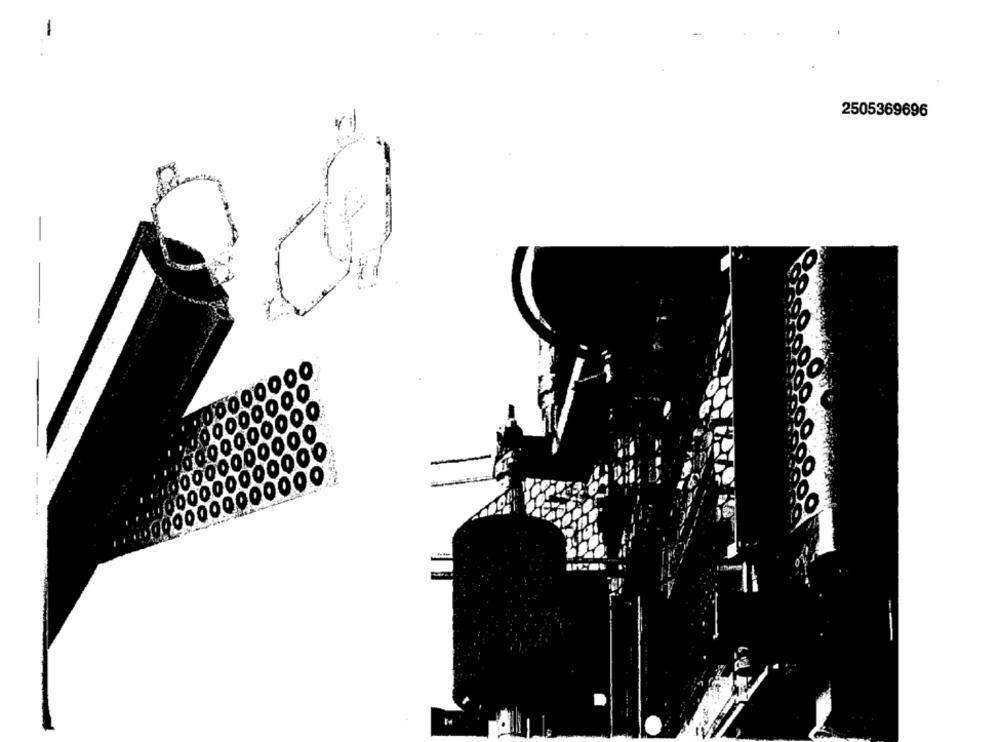
-
2505369696
000000000